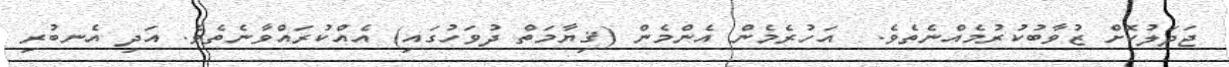
ޖަދަލުކޮށް ޒުވާބުކުރުމެއްނެތެވެ.  އަހުރެމެން އެންމެން (ޤިޔާމަތް ދުވަހުގައި) އެއްކުރައްވާނެތެވެ. އަދި އެނބުރި